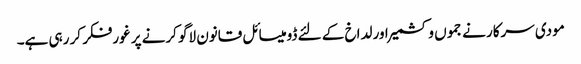
مودی سرکار نے جموں وکشمیر اور لداخ کے لئے ڈومیسائل قانون لاگو کرنے پر غورفکر کر رہی ہے۔